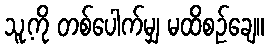
သူ့ကို တစ်ပေါက်မျှ မထိစဉ်ချေ။